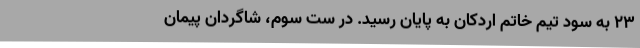
23 به سود تیم خاتم اردکان به پایان رسید. در ست سوم، شاگردان پیمان